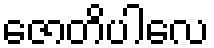
ဇောတိပါလေ